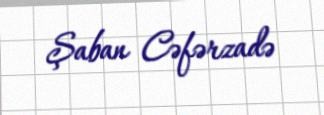
Şaban Cəfərzadə